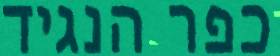
כפר הנגיד